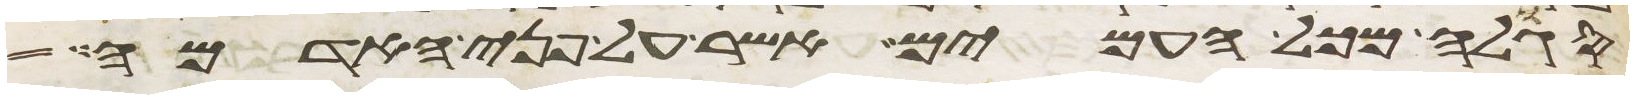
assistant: סגלה מכל העמים אשר על פני האדמה